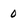
Character: 0